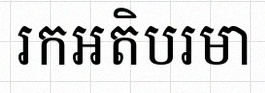
រកអតិបរមា